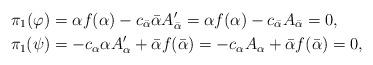
LaTeX: \begin{align*} \pi_1(\varphi) &= \alpha f(\alpha) - c_{\bar{\alpha}} \bar{\alpha} A'_{\bar{\alpha}} = \alpha f(\alpha) - c_{\bar{\alpha}} A_{\bar{\alpha}} = 0, \\ \pi_1(\psi) &= - c_{{\alpha}} {\alpha} A'_{{\alpha}} + \bar{\alpha} f(\bar{\alpha}) = - c_{{\alpha}} A_{{\alpha}} + \bar{\alpha} f(\bar{\alpha}) = 0,\end{align*}